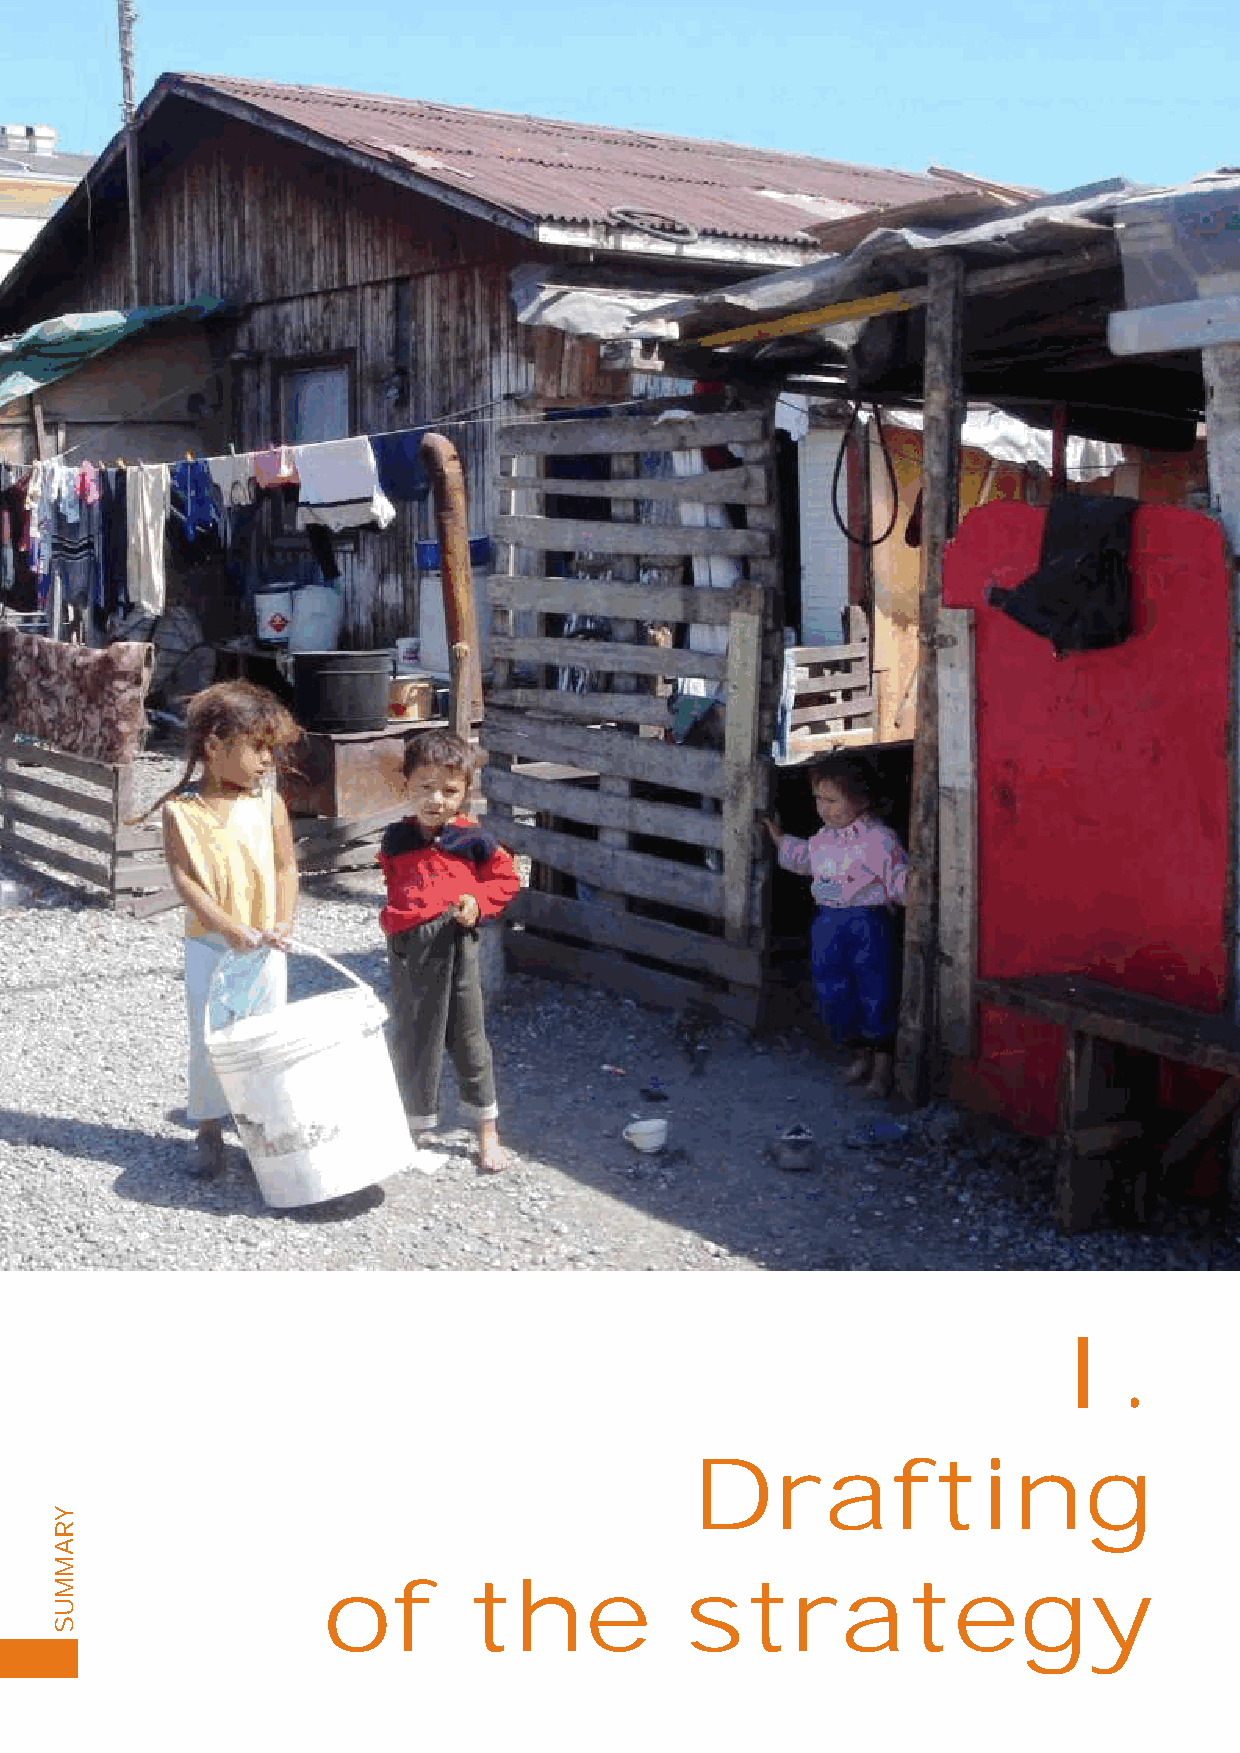
I.
 Drafting
 of        the           strategy
 YRAMMUS